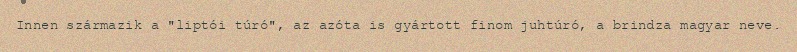
Innen származik a "liptói túró", az azóta is gyártott finom juhtúró, a brindza magyar neve.